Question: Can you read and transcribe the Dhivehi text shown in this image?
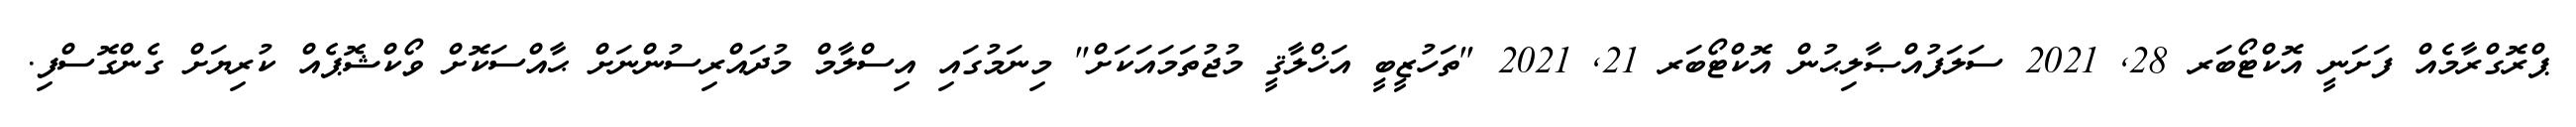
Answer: ޕްރޮގްރާމެއް ފަށަނީ އޮކްޓޯބަރ 28, 2021 ސަލަފުއްޞާލިޙުން އޮކްޓޯބަރ 21, 2021 "ތަހުޒީބީ އަޚްލާޤީ މުޖުތަމައަކަށް" މިނަމުގައި އިސްލާމް މުދައްރިސުންނަށް ޙާއްސަކޮށް ވޯކްޝޮޕެއް ކުރިޔަށް ގެންގޮސްފި.